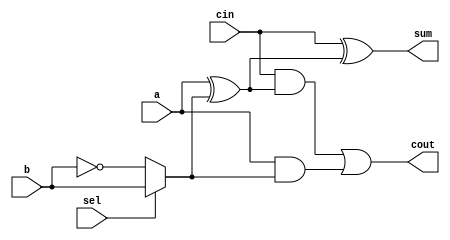
module b_addsub_mux(a,b,cin,sel,sum,cout);
    input a,b,cin,sel;
    output reg sum,cout;

    reg x1,o1,x2;
    reg w1,w2;

    always@(*)begin
        if(sel == 1) begin
            w1 = b;
        end else begin
            w1 = ~b;
        end

        x1 = a ^ w1; x2 = a & w1;
        sum = cin ^ x1; o1 = cin & x1;
        cout = o1 | x2;
    end
endmodule